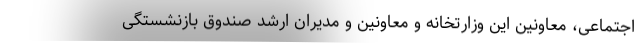
اجتماعی، معاونین این وزارتخانه و معاونین و مدیران ارشد صندوق بازنشستگی